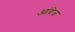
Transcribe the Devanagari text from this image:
आंद्रेज